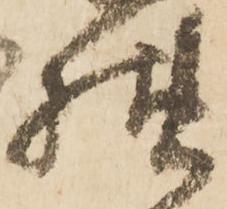
様